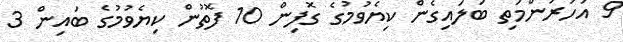
9 އަހަރުންމަތި ބަލައިގެން ކިޔެވުމުގެ ގޮފިން 10 ފޮތުން ކިޔެވުމުގެ ބައިން 3